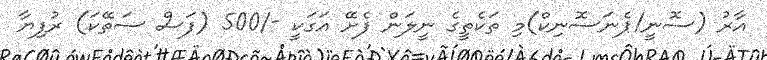
އާރު (ސޮނީ/ޕެނަސޮނިކް)މި ތަކެތީގެ ނީލަން ފެށޭ އަގަކީ -/500 (ފަސް ސަތޭކަ) ރުފިޔާ